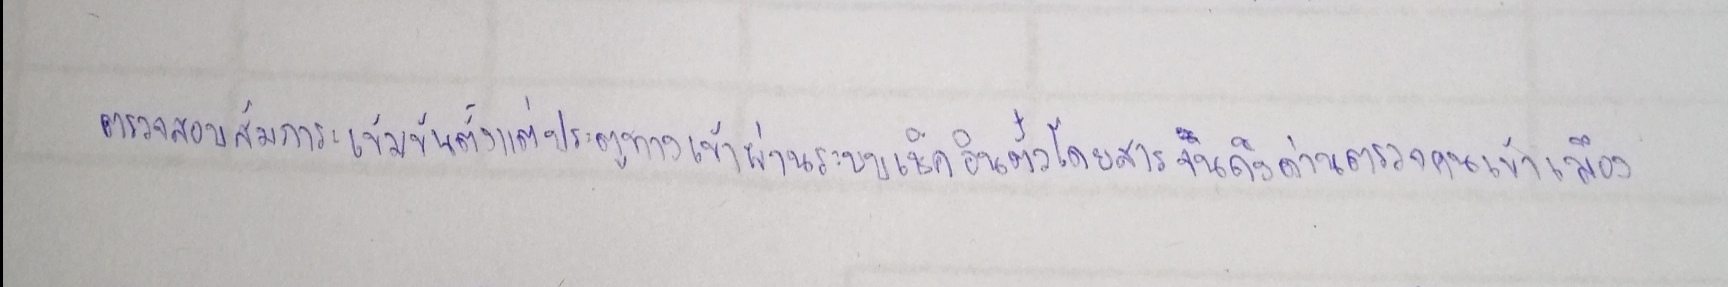
ตรวจสอบสัมภาระเข้มข้นตั้งแต่ประตูทางเข้าผ่านระบบเช็คอินตั๋วโดยสารจนถึงด่านตรวจคนเข้าเมือง